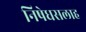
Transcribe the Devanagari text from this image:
निषेधसलाह